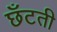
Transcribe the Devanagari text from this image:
छँटती